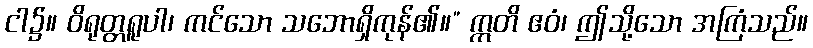
ငါ၌။ ဝိရုတ္တရူပါ၊ ကင်သော သဘောရှိကုန်၏။” ဣတိ ဧဝံ၊ ဤသို့သော အကြံသည်။